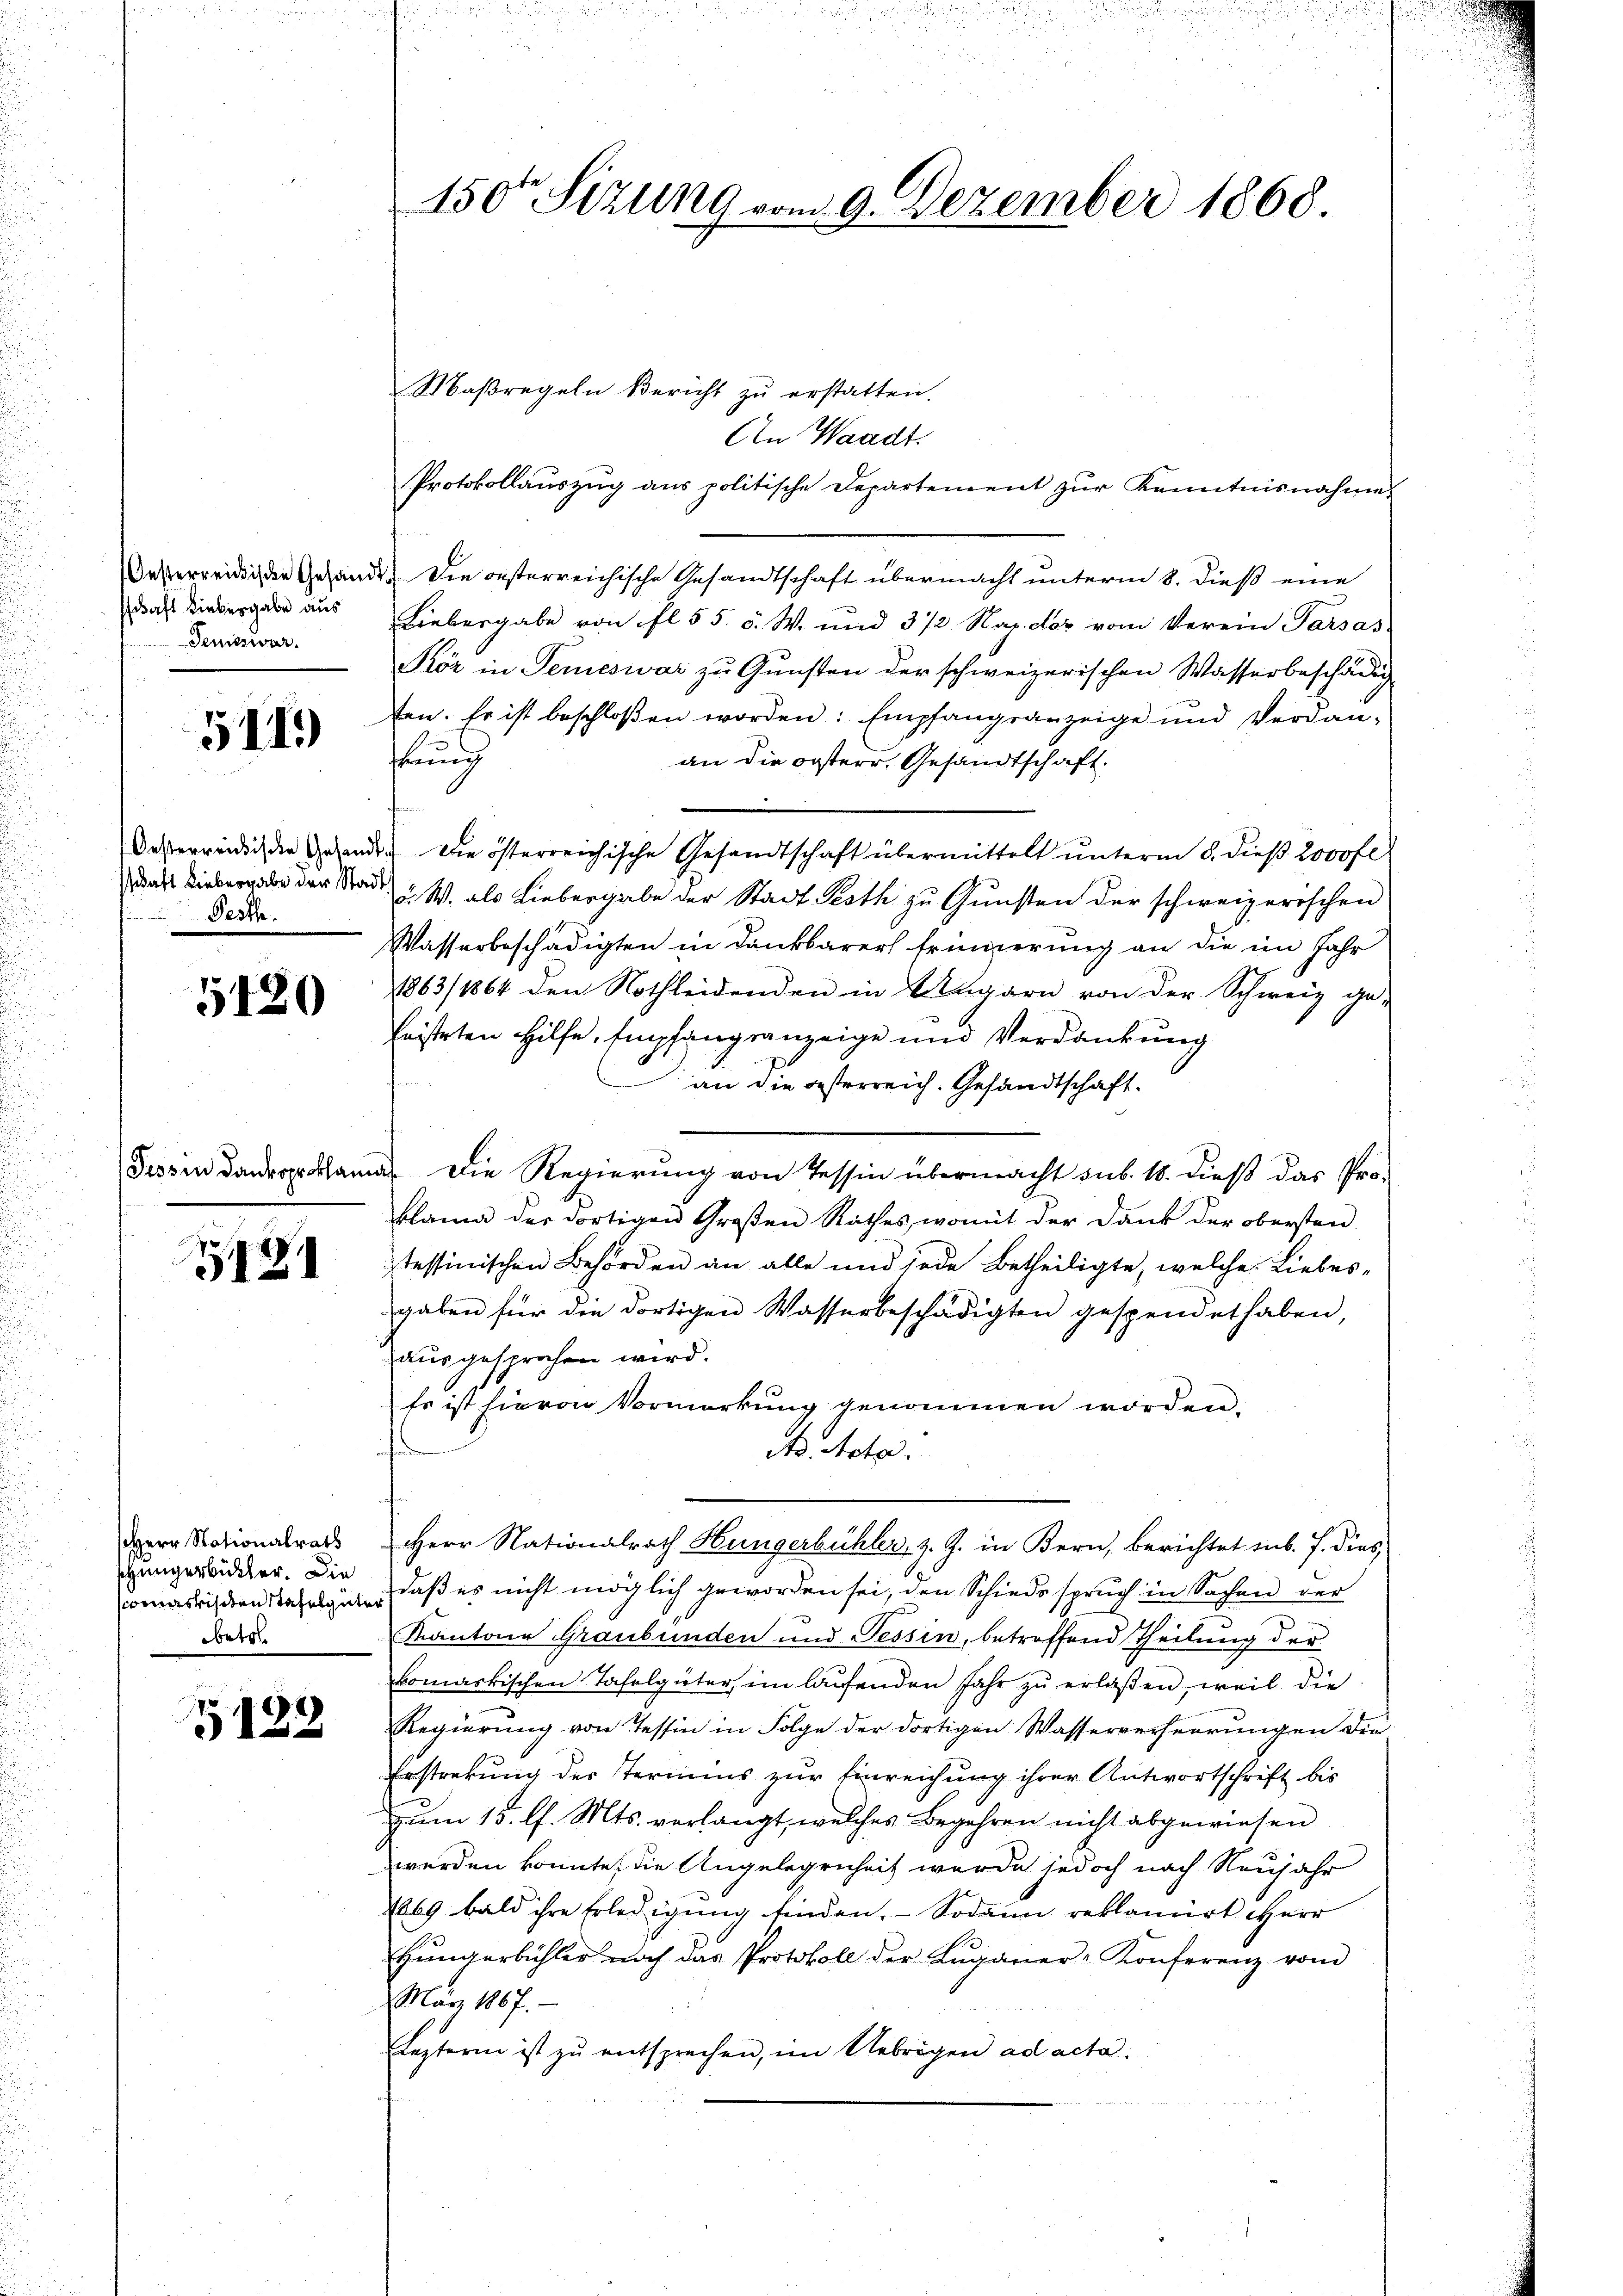
schaft Liebergabe aus
Denisswar.

5419

daft Liebergabe der Stadt
Pesta

5420

2121

Herr Nationalrath
schungerbickter. Die
betr.

8
3

Maßregeln Bericht zu erstatten.
An Waadt.
Protokollaŭszŭg ans politische Departement zŭr Kenntnisnahme
Oesterreich die Gesandt. Die oesterreichische Gesandtschaft übermacht unterm 8. dieß eine
Liebergabe von fl. 55. 5. W. und 3/2 Nap. der vom Verein Parsas-
Kör in Teres war zŭ Gŭnsten der schweizerischen Wasserbeschädig
ten. Er ist beschloßen worden: Empfangsanzeige und Verdanftung
an die ersterr. Gesandtschaft.
Oesterwendig der Gesandte die österreichische Gesandtschaft übermittelt unterm 8. dieß 2000 fl
d. W. als Liebergabe der Stadt Pesth zu Gunsten der schweizerischen
Wasserbeschädigten in Dankbarer Erinnerung an die im Jahr
1863/1864 den Nothleidenden in Ungarn von der Schweiz ge-
fristeten Hilfe, Empfangsanzeige und Verdankung
an die gesterreich. Gesandtschaft.
Tessin danerkann. Die Regierung von Tessin übermacht sub. 18. dieß das Proklama der dortigen Großen Rathes, womit der Dank der obersten
tessinischen Behörden an alle und jede Betheiligte, welche Liebesgaben für die dortigen Wasserbeschädigten gespendet haben,
ausgesprochen wird.
Es ist hievon Vormerkung genommen worden.
N. Acta.
Herr Nationalrath Hungerbühler, z. Z. in Bern, berichtet sub. J. dies,
ometrischen Stahelgut, daß es nicht möglich geworden sei, den Schiedsspruch in Sachen der
Kantone Graubünden und Tessin, betroffend Theilung der
komärkischen Tafelgüter, im laufenden Jahr zŭ erlaßen, weil die
Regierung von Tessin in Folge der dortigen Wasserverheerungen die
Erstrekung des Termins zur Einreichung ihrer Antwortschrift bis
zum 15. l. Mts. verlangt, welches Begehren nicht abgewiesen
werden konnte, die Angelegenheit werde jedoch nach Neujahr
1269 bald ihre Erledigung finden. Sodann reklamirt Herr
Hüngerbühler noch das Protokoll der Luganer-Konferenz vom
März 1867.
Lezteren ist zu entsprechen, im Uebrigen ad acta.

150te Sitzung vom 9. Dezember 1868.